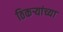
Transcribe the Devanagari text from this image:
ठिकऱ्यांच्या